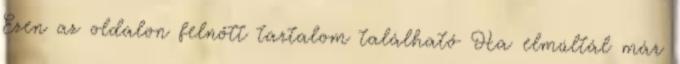
Ezen az oldalon felnőtt tartalom található Ha elmúltál már